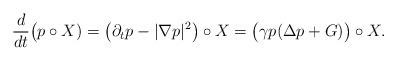
LaTeX: \begin{align*}\frac{d}{dt}\big( p\circ X)=\big( \partial_t p-|\nabla p|^2\big)\circ X=\big(\gamma p(\Delta p+G)\big)\circ X.\end{align*}